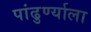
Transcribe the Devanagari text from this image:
पांढुर्ण्याला